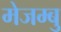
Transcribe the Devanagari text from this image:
मेजम्बु